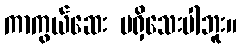
ကာကွယ်ဆေး မရှိသေးပါဘူး။